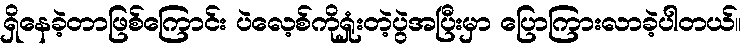
ရှိနေခဲ့တာဖြစ်ကြောင်း ပဲလေ့စ်ကိုရှုံးတဲ့ပွဲအပြီးမှာ ပြောကြားလာခဲ့ပါတယ်။